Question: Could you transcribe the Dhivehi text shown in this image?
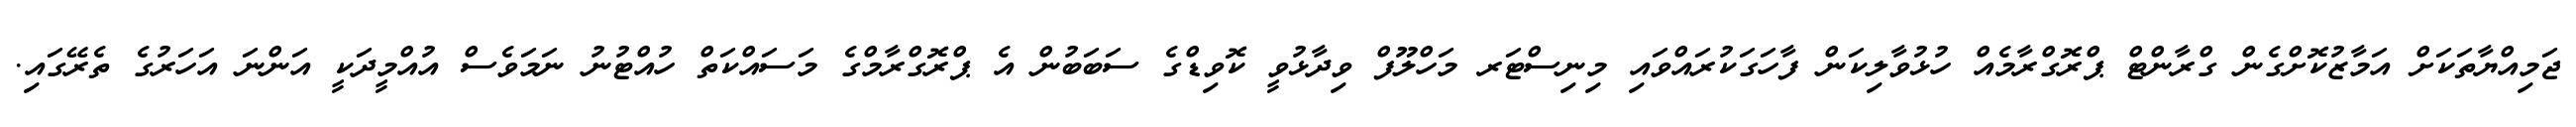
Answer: ޖަމިއްޔާތަކަށް އަމާޒުކޮށްގެން ގްރާންޓް ޕްރޮގްރާމެއް ހުޅުވާލިކަން ފާހަގަކުރައްވައި މިނިސްޓަރ މަހްލޫފް ވިދާޅުވީ ކޮވިޑްގެ ސަބަބުން އެ ޕްރޮގްރާމްގެ މަސައްކަތް ހުއްޓުނު ނަމަވެސް އުއްމީދަކީ އަންނަ އަހަރުގެ ތެރޭގައި.